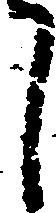
候